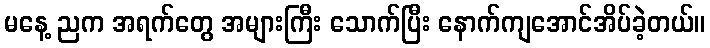
မနေ့ ညက အရက်တွေ အများကြီး သောက်ပြီး နောက်ကျအောင်အိပ်ခဲ့တယ်။